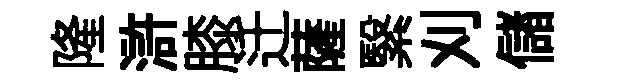
隆滸膝迁薩繄刈儲